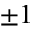
\pm 1